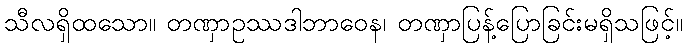
သီလရှိထသော။ တဏှာဥဿဒါဘာဝေန၊ တဏှာပြန့်ပြောခြင်းမရှိသဖြင့်။